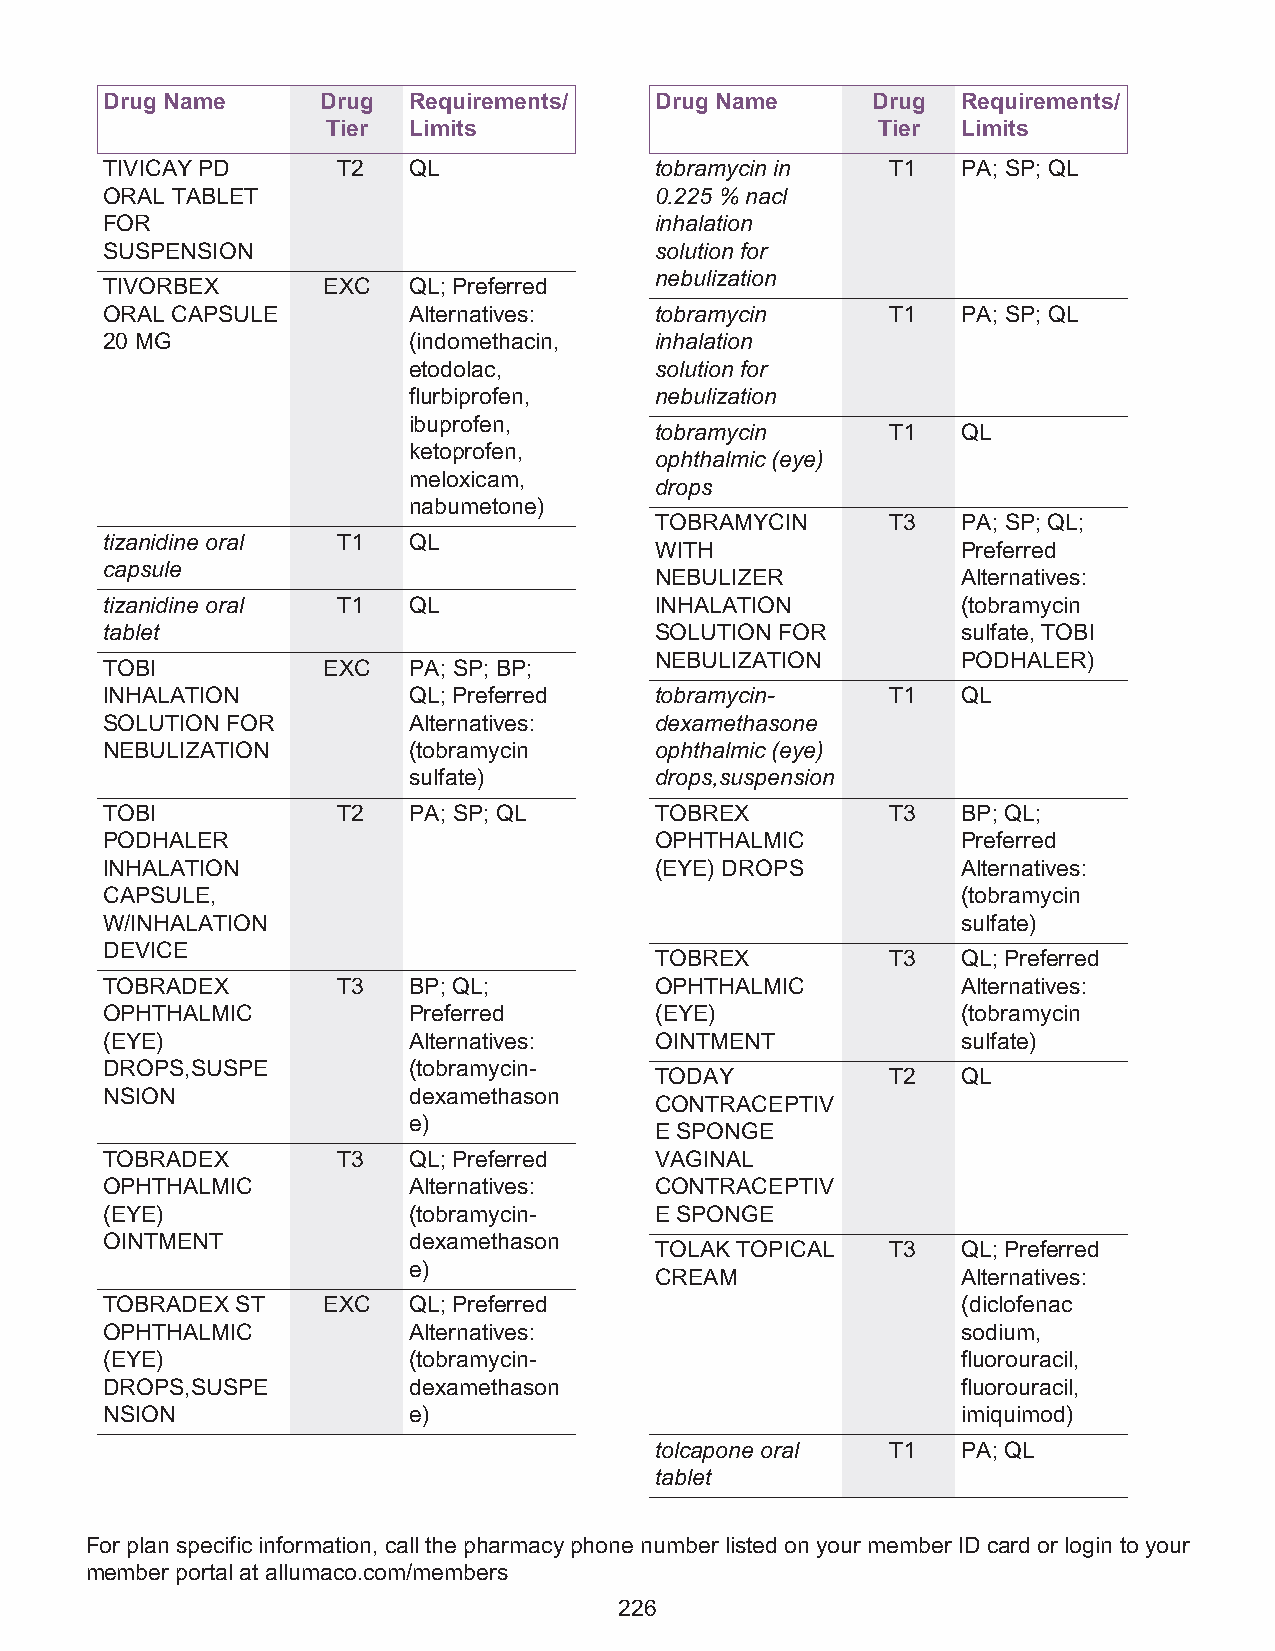
Drug Name     Drug  Requirements/   Drug Name      Drug  Requirements/
 Tier Limits                         Tier  Limits
 TIVICAY PD     T2   QL              tobramycin in   T1   PA; SP; QL
 ORAL TABLET                         0.225 % nacl
 FOR                                 inhalation
 SUSPENSION                          solution for
 nebulization
 TIVORBEX      EXC   QL; Preferred
 ORAL CAPSULE        Alternatives:   tobramycin      T1   PA; SP; QL
 20 MG               (indomethacin,  inhalation
 etodolac,       solution for
 flurbiprofen,   nebulization
 ibuprofen,
 tobramycin      T1   QL
 ketoprofen,
 ophthalmic (eye)
 meloxicam,
 drops
 nabumetone)
 TOBRAMYCIN      T3   PA; SP; QL;
 tizanidine oral T1  QL
 WITH                 Preferred
 capsule
 NEBULIZER            Alternatives:
 tizanidine oral T1  QL              INHALATION           (tobramycin
 tablet                              SOLUTION FOR         sulfate, TOBI
 NEBULIZATION         PODHALER)
 TOBI          EXC   PA; SP; BP;
 INHALATION          QL; Preferred   tobramycin-     T1   QL
 SOLUTION FOR        Alternatives:   dexamethasone
 NEBULIZATION        (tobramycin     ophthalmic (eye)
 sulfate)        drops,suspension
 TOBI           T2   PA; SP; QL      TOBREX          T3   BP; QL;
 PODHALER                            OPHTHALMIC           Preferred
 INHALATION                          (EYE) DROPS          Alternatives:
 CAPSULE,                                                 (tobramycin
 W/INHALATION                                             sulfate)
 DEVICE
 TOBREX          T3   QL; Preferred
 TOBRADEX       T3   BP; QL;         OPHTHALMIC           Alternatives:
 OPHTHALMIC          Preferred       (EYE)                (tobramycin
 (EYE)               Alternatives:   OINTMENT             sulfate)
 DROPS,SUSPE         (tobramycin-
 TODAY           T2   QL
 NSION               dexamethason
 CONTRACEPTIV
 e)
 E SPONGE
 TOBRADEX       T3   QL; Preferred   VAGINAL
 OPHTHALMIC          Alternatives:   CONTRACEPTIV
 (EYE)               (tobramycin-    E SPONGE
 OINTMENT            dexamethason
 TOLAK TOPICAL   T3   QL; Preferred
 e)
 CREAM                Alternatives:
 TOBRADEX ST   EXC   QL; Preferred                        (diclofenac
 OPHTHALMIC          Alternatives:                        sodium,
 (EYE)               (tobramycin-                         fluorouracil,
 DROPS,SUSPE         dexamethason                         fluorouracil,
 NSION               e)                                   imiquimod)
 tolcapone oral  T1   PA; QL
 tablet
 For plan specific information, call the pharmacy phone number listed on your member ID card or login to your
 member portal at allumaco.com/members
 226